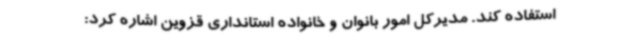
استفاده کند. مدیرکل امور بانوان و خانواده استانداری قزوین اشاره کرد: